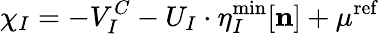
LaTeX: \chi_{I}=-V_{I}^{C}-U_{I}\cdot\eta_{I}^{\mathrm{{min}}}[\mathbf{n}]+\mu^{\mathrm{{ref}}}